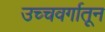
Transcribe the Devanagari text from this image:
उच्चवर्गातून